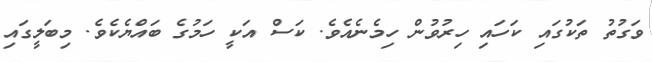
ވަގުތު ތަކުގައި ކަހައި ހިރުވުން ހިމެނެއެވެ. ކަސް އަކީ ހަމުގެ ބައްޔެކެވެ. މިބަލީގައި